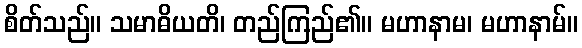
စိတ်သည်။ သမာဓိယတိ၊ တည်ကြည်၏။ မဟာနာမ၊ မဟာနာမ်။